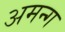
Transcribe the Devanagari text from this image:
अमन्ग